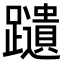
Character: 𫏩